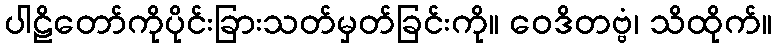
ပါဠိတော်ကိုပိုင်းခြားသတ်မှတ်ခြင်းကို။ ဝေဒိတဗ္ဗံ၊ သိထိုက်။